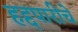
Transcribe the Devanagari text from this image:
हद्दपारीचे